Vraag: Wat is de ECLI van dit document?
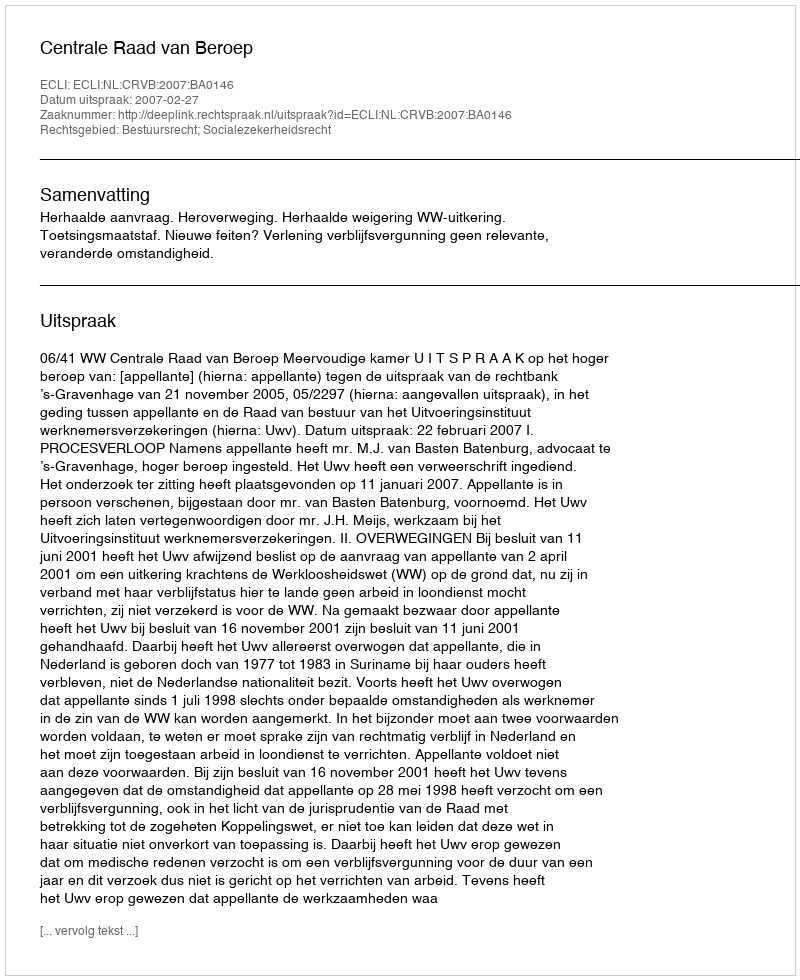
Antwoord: ECLI:NL:CRVB:2007:BA0146